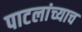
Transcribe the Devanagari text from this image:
पाटलांच्याच